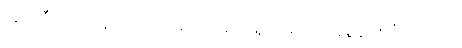
ဆူဇူကီလည်းတူတူပဲ၊ ဘာကြောင့်များ ရှိသမျှအကုန်စွန့်ပစ်ပြီး အဖော်